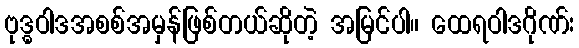
ဗုဒ္ဓဝါဒအစစ်အမှန်ဖြစ်တယ်ဆိုတဲ့ အမြင်ပါ။ ထေရဝါဒဂိုဏ်း